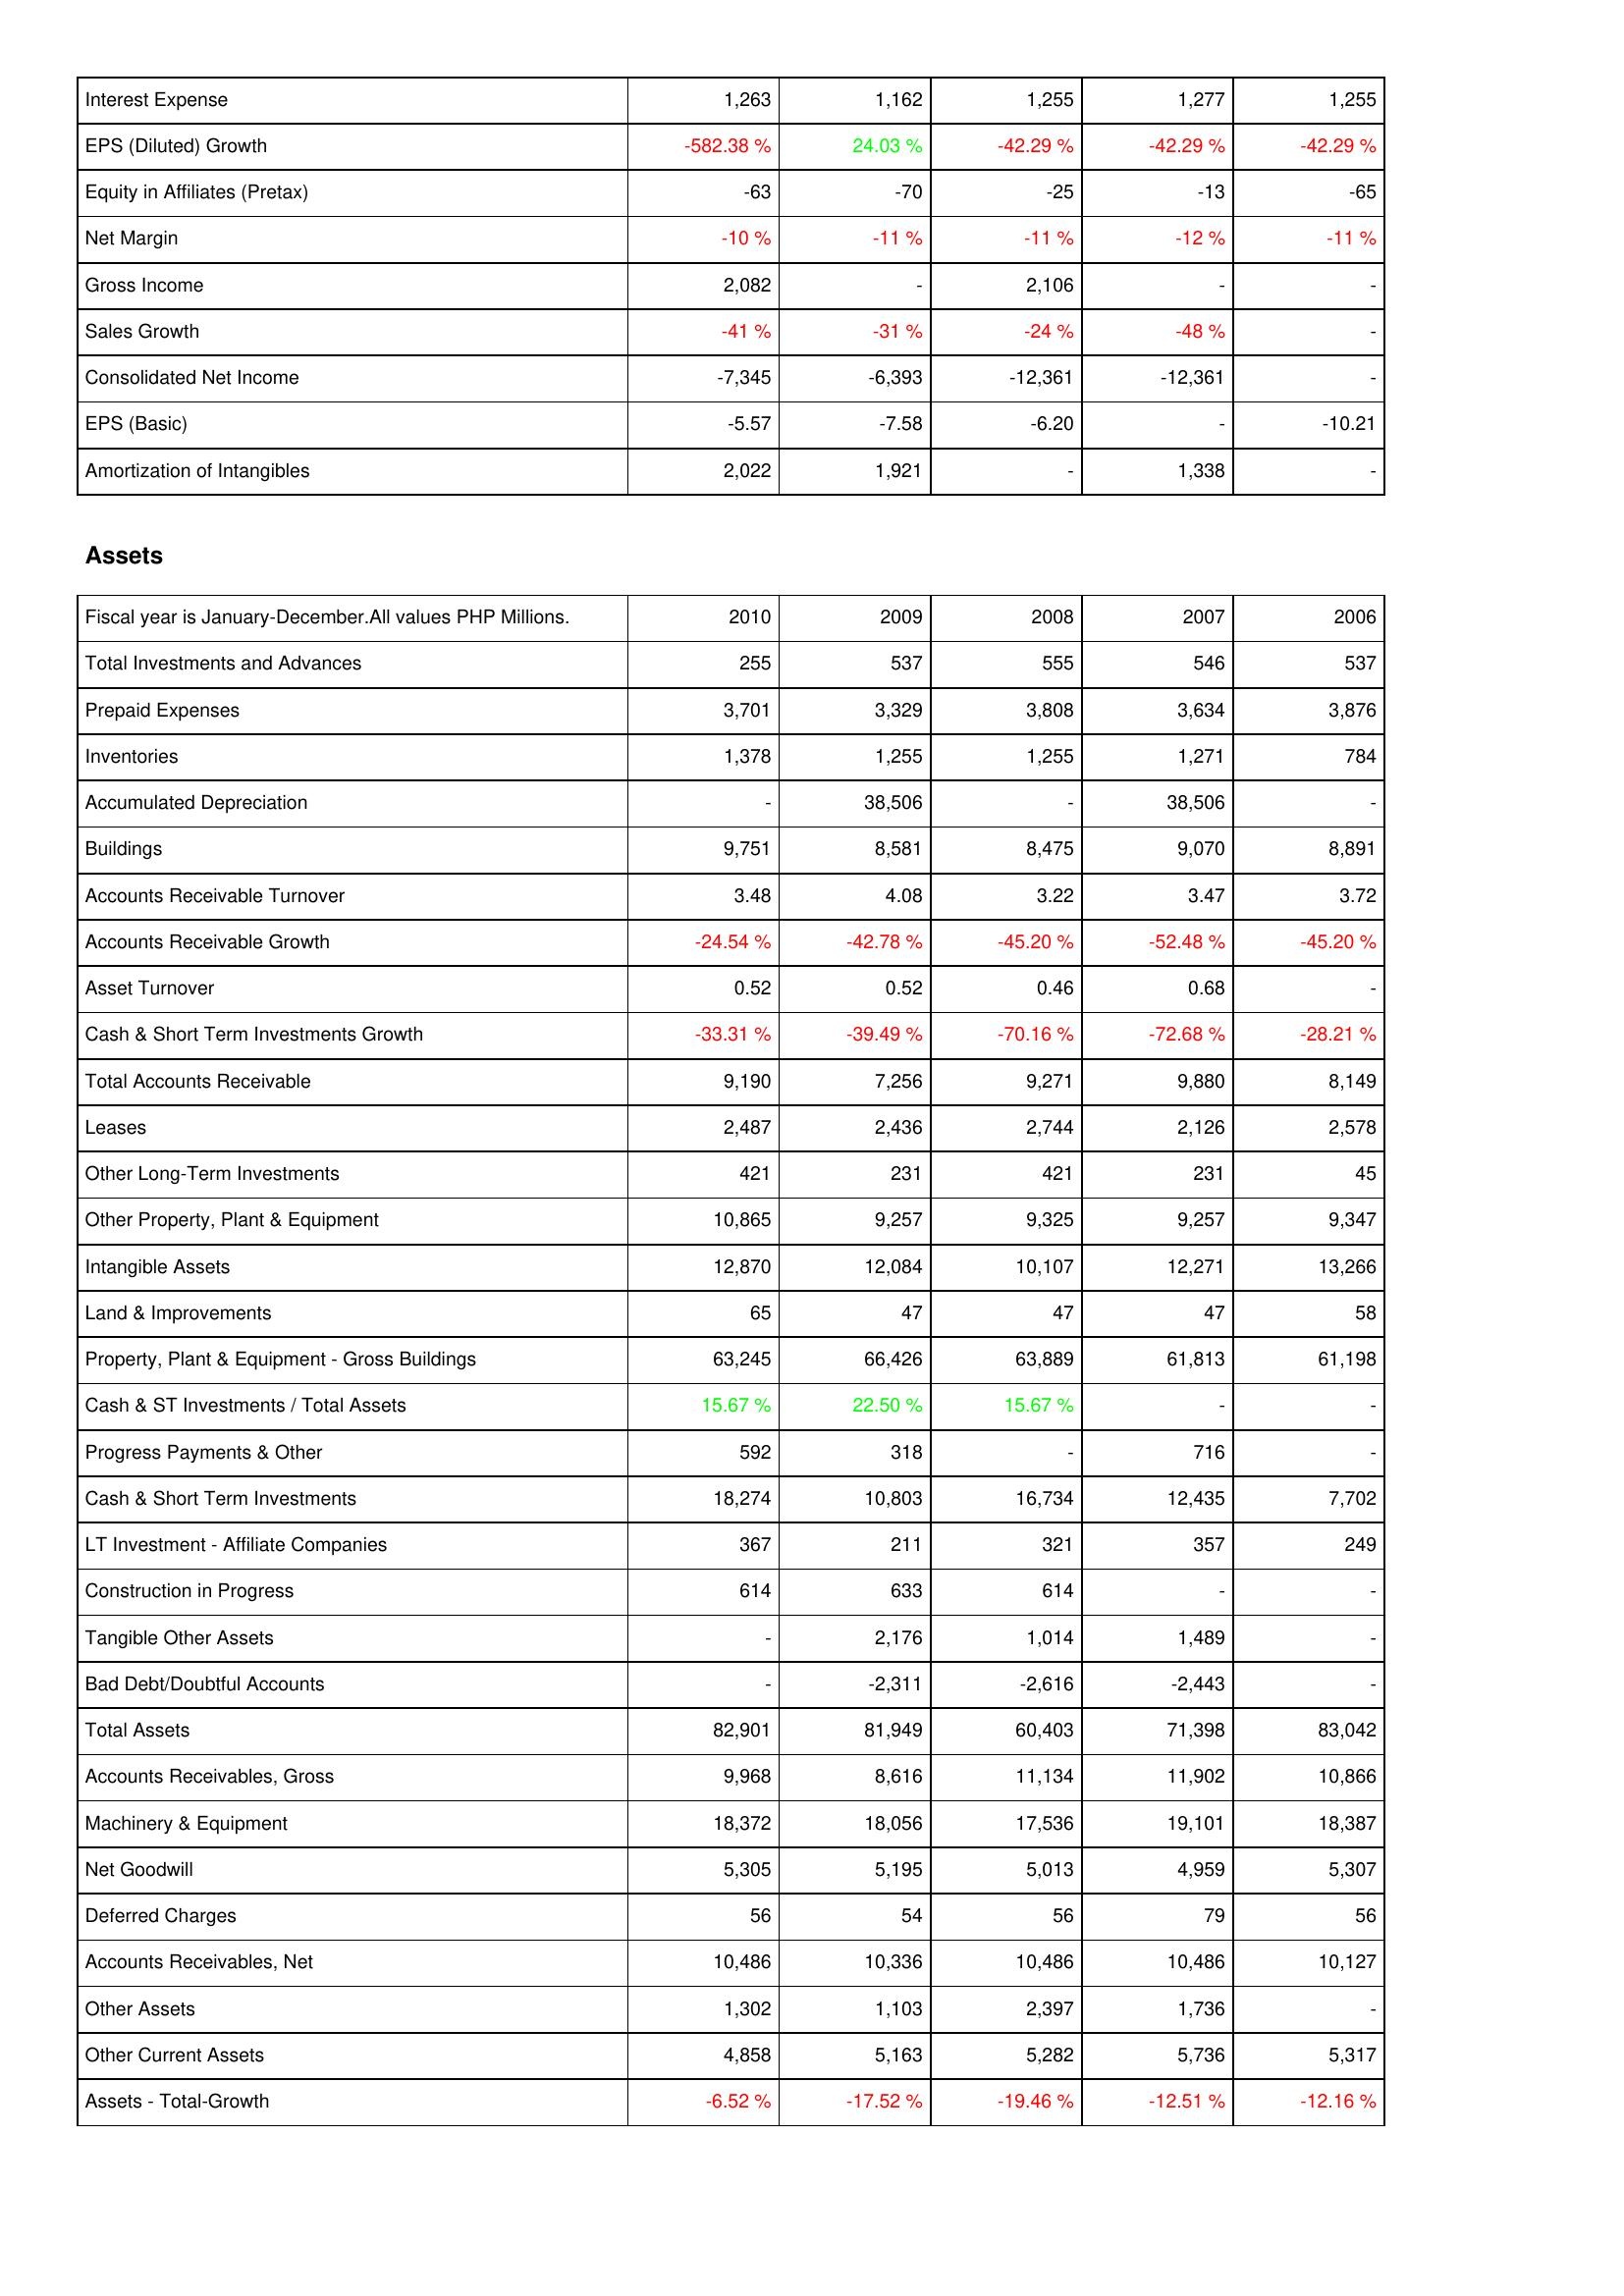
2010: Income Statement: Interest Expense: 1,263
EPS (Diluted) Growth: -582.38 %
Equity in Affiliates (Pretax): -63
Net Margin: -10 %
Gross Income: 2,082
Sales Growth: -41 %
Consolidated Net Income: -7,345
EPS (Basic): -5.57
Amortization of Intangibles: 2,022
Assets: Total Investments and Advances: 255
Prepaid Expenses: 3,701
Inventories: 1,378
Accumulated Depreciation: -
Buildings: 9,751
Accounts Receivable Turnover: 3.48
Accounts Receivable Growth: -24.54 %
Asset Turnover: 0.52
Cash & Short Term Investments Growth: -33.31 %
Total Accounts Receivable: 9,190
Leases: 2,487
Other Long-Term Investments: 421
Other Property, Plant & Equipment: 10,865
Intangible Assets: 12,870
Land & Improvements: 65
Property, Plant & Equipment - Gross Buildings: 63,245
Cash & ST Investments / Total Assets: 15.67 %
Progress Payments & Other: 592
Cash & Short Term Investments: 18,274
LT Investment - Affiliate Companies: 367
Construction in Progress: 614
Tangible Other Assets: -
Bad Debt/Doubtful Accounts: -
Total Assets: 82,901
Accounts Receivables, Gross: 9,968
Machinery & Equipment: 18,372
Net Goodwill: 5,305
Deferred Charges: 56
Accounts Receivables, Net: 10,486
Other Assets: 1,302
Other Current Assets: 4,858
Assets - Total-Growth: -6.52 %
2009: Income Statement: Interest Expense: 1,162
EPS (Diluted) Growth: 24.03 %
Equity in Affiliates (Pretax): -70
Net Margin: -11 %
Gross Income: -
Sales Growth: -31 %
Consolidated Net Income: -6,393
EPS (Basic): -7.58
Amortization of Intangibles: 1,921
Assets: Total Investments and Advances: 537
Prepaid Expenses: 3,329
Inventories: 1,255
Accumulated Depreciation: 38,506
Buildings: 8,581
Accounts Receivable Turnover: 4.08
Accounts Receivable Growth: -42.78 %
Asset Turnover: 0.52
Cash & Short Term Investments Growth: -39.49 %
Total Accounts Receivable: 7,256
Leases: 2,436
Other Long-Term Investments: 231
Other Property, Plant & Equipment: 9,257
Intangible Assets: 12,084
Land & Improvements: 47
Property, Plant & Equipment - Gross Buildings: 66,426
Cash & ST Investments / Total Assets: 22.50 %
Progress Payments & Other: 318
Cash & Short Term Investments: 10,803
LT Investment - Affiliate Companies: 211
Construction in Progress: 633
Tangible Other Assets: 2,176
Bad Debt/Doubtful Accounts: -2,311
Total Assets: 81,949
Accounts Receivables, Gross: 8,616
Machinery & Equipment: 18,056
Net Goodwill: 5,195
Deferred Charges: 54
Accounts Receivables, Net: 10,336
Other Assets: 1,103
Other Current Assets: 5,163
Assets - Total-Growth: -17.52 %
2008: Income Statement: Interest Expense: 1,255
EPS (Diluted) Growth: -42.29 %
Equity in Affiliates (Pretax): -25
Net Margin: -11 %
Gross Income: 2,106
Sales Growth: -24 %
Consolidated Net Income: -12,361
EPS (Basic): -6.20
Amortization of Intangibles: -
Assets: Total Investments and Advances: 555
Prepaid Expenses: 3,808
Inventories: 1,255
Accumulated Depreciation: -
Buildings: 8,475
Accounts Receivable Turnover: 3.22
Accounts Receivable Growth: -45.20 %
Asset Turnover: 0.46
Cash & Short Term Investments Growth: -70.16 %
Total Accounts Receivable: 9,271
Leases: 2,744
Other Long-Term Investments: 421
Other Property, Plant & Equipment: 9,325
Intangible Assets: 10,107
Land & Improvements: 47
Property, Plant & Equipment - Gross Buildings: 63,889
Cash & ST Investments / Total Assets: 15.67 %
Progress Payments & Other: -
Cash & Short Term Investments: 16,734
LT Investment - Affiliate Companies: 321
Construction in Progress: 614
Tangible Other Assets: 1,014
Bad Debt/Doubtful Accounts: -2,616
Total Assets: 60,403
Accounts Receivables, Gross: 11,134
Machinery & Equipment: 17,536
Net Goodwill: 5,013
Deferred Charges: 56
Accounts Receivables, Net: 10,486
Other Assets: 2,397
Other Current Assets: 5,282
Assets - Total-Growth: -19.46 %
2007: Income Statement: Interest Expense: 1,277
EPS (Diluted) Growth: -42.29 %
Equity in Affiliates (Pretax): -13
Net Margin: -12 %
Gross Income: -
Sales Growth: -48 %
Consolidated Net Income: -12,361
EPS (Basic): -
Amortization of Intangibles: 1,338
Assets: Total Investments and Advances: 546
Prepaid Expenses: 3,634
Inventories: 1,271
Accumulated Depreciation: 38,506
Buildings: 9,070
Accounts Receivable Turnover: 3.47
Accounts Receivable Growth: -52.48 %
Asset Turnover: 0.68
Cash & Short Term Investments Growth: -72.68 %
Total Accounts Receivable: 9,880
Leases: 2,126
Other Long-Term Investments: 231
Other Property, Plant & Equipment: 9,257
Intangible Assets: 12,271
Land & Improvements: 47
Property, Plant & Equipment - Gross Buildings: 61,813
Cash & ST Investments / Total Assets: -
Progress Payments & Other: 716
Cash & Short Term Investments: 12,435
LT Investment - Affiliate Companies: 357
Construction in Progress: -
Tangible Other Assets: 1,489
Bad Debt/Doubtful Accounts: -2,443
Total Assets: 71,398
Accounts Receivables, Gross: 11,902
Machinery & Equipment: 19,101
Net Goodwill: 4,959
Deferred Charges: 79
Accounts Receivables, Net: 10,486
Other Assets: 1,736
Other Current Assets: 5,736
Assets - Total-Growth: -12.51 %
2006: Income Statement: Interest Expense: 1,255
EPS (Diluted) Growth: -42.29 %
Equity in Affiliates (Pretax): -65
Net Margin: -11 %
Gross Income: -
Sales Growth: -
Consolidated Net Income: -
EPS (Basic): -10.21
Amortization of Intangibles: -
Assets: Total Investments and Advances: 537
Prepaid Expenses: 3,876
Inventories: 784
Accumulated Depreciation: -
Buildings: 8,891
Accounts Receivable Turnover: 3.72
Accounts Receivable Growth: -45.20 %
Asset Turnover: -
Cash & Short Term Investments Growth: -28.21 %
Total Accounts Receivable: 8,149
Leases: 2,578
Other Long-Term Investments: 45
Other Property, Plant & Equipment: 9,347
Intangible Assets: 13,266
Land & Improvements: 58
Property, Plant & Equipment - Gross Buildings: 61,198
Cash & ST Investments / Total Assets: -
Progress Payments & Other: -
Cash & Short Term Investments: 7,702
LT Investment - Affiliate Companies: 249
Construction in Progress: -
Tangible Other Assets: -
Bad Debt/Doubtful Accounts: -
Total Assets: 83,042
Accounts Receivables, Gross: 10,866
Machinery & Equipment: 18,387
Net Goodwill: 5,307
Deferred Charges: 56
Accounts Receivables, Net: 10,127
Other Assets: -
Other Current Assets: 5,317
Assets - Total-Growth: -12.16 %